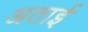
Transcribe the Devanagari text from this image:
अताई